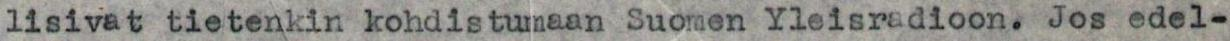
lisivat tietenkin kohdistumaan Suomen Yleisradioon. Jos edel-